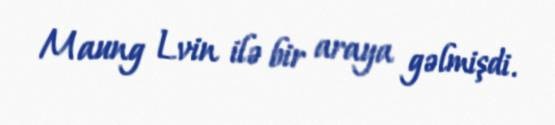
Maung Lvin ilə bir araya gəlmişdi.